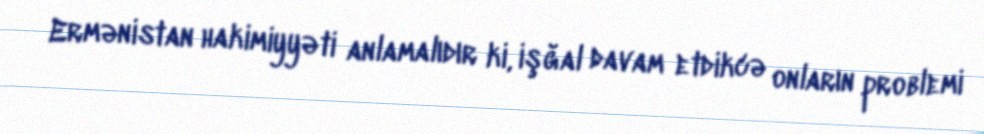
Ermənistan hakimiyyəti anlamalıdır ki, işğal davam etdikcə onların problemi